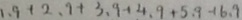
1 . 9 + 2 . 9 + 3 . 9 + 4 . 9 + 5 . 9 + 6 . 9